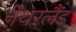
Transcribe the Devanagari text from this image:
नेथरलैंड